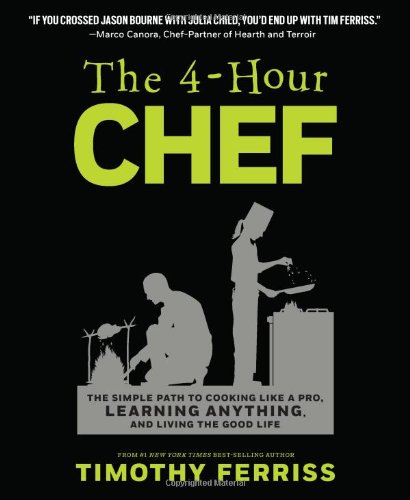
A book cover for The 4-Hour Chef: The Simple Path to Cooking Like a Pro, Learning Anything, and Living the Good Life; Timothy Ferriss; Cookbooks, Food & Wine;